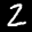
Label: 2